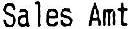
SALES AMT